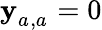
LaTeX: \mathbf{y}_{a_{},a_{}}^{}=0